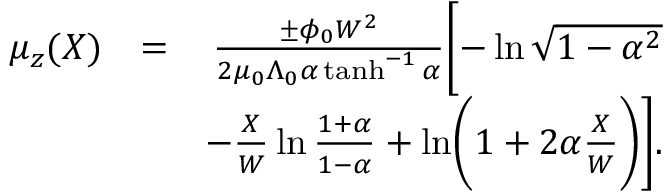
\begin{array} { r l r } { \mu _ { z } ( X ) } & { = } & { \frac { \pm \phi _ { 0 } W ^ { 2 } } { 2 \mu _ { 0 } \Lambda _ { 0 } \alpha \operatorname { t a n h } ^ { - 1 } \alpha } \biggl [ - \ln \sqrt { 1 - \alpha ^ { 2 } } } \\ & { } & { - \frac { X } { W } \ln \frac { 1 + \alpha } { 1 - \alpha } + \ln \biggl ( 1 + 2 \alpha \frac { X } { W } \biggr ) \biggr ] . } \end{array}